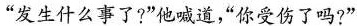
”发生什么事了?”他喊道，”你受伤了吗?”